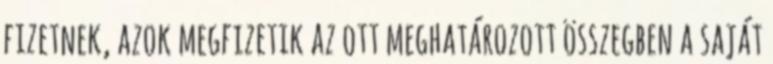
fizetnek, azok megfizetik az ott meghatározott összegben a saját